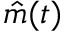
\hat { m } ( t )